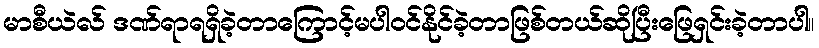
မာစီယဲလ် ဒဏ်ရာရရှိခဲ့တာကြောင့်မပါဝင်နိုင်ခဲ့တာဖြစ်တယ်ဆိုပြီးဖြေရှင်းခဲ့တာပါ။